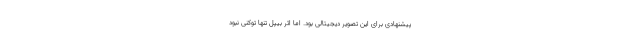
پیشنهادی برای این تصویر دیجیتالی بود. اما اثر بیپل تنها توکنی نبود